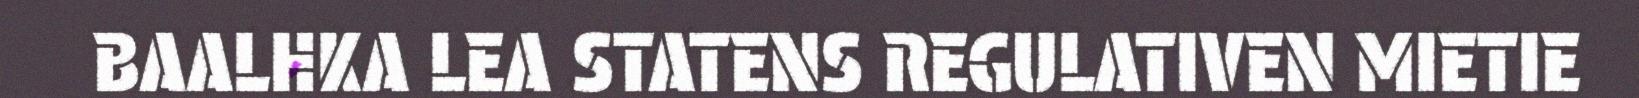
BAALHKA LEA STATENS REGULATIVEN MIETIE